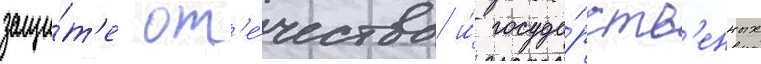
защи́т'е от'е́чества и́ госуда́рств'енных